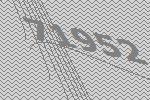
71952